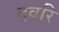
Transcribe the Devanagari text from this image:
दवरि